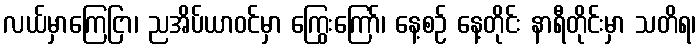
လယ်မှာကြေငြာ၊ ညအိပ်ယာဝင်မှာ ကြွေးကြော်၊ နေ့စဉ် နေ့တိုင်း နာရီတိုင်းမှာ သတိရ၊